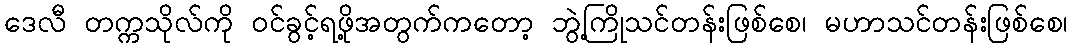
ဒေလီ တက္ကသိုလ်ကို ဝင်ခွင့်ရဖို့အတွက်ကတော့ ဘွဲ့ကြိုသင်တန်းဖြစ်စေ၊ မဟာသင်တန်းဖြစ်စေ၊